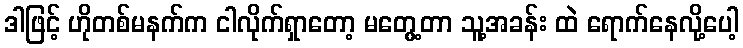
ဒါဖြင့် ဟိုတစ်မနက်က ငါလိုက်ရှာတော့ မတွေ့တာ သူ့အခန်း ထဲ ရောက်နေလို့ပေါ့